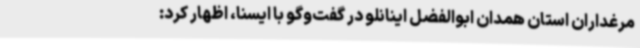
مرغداران استان همدان ابوالفضل اینانلو در گفت‌وگو با ایسنا، اظهار کرد: